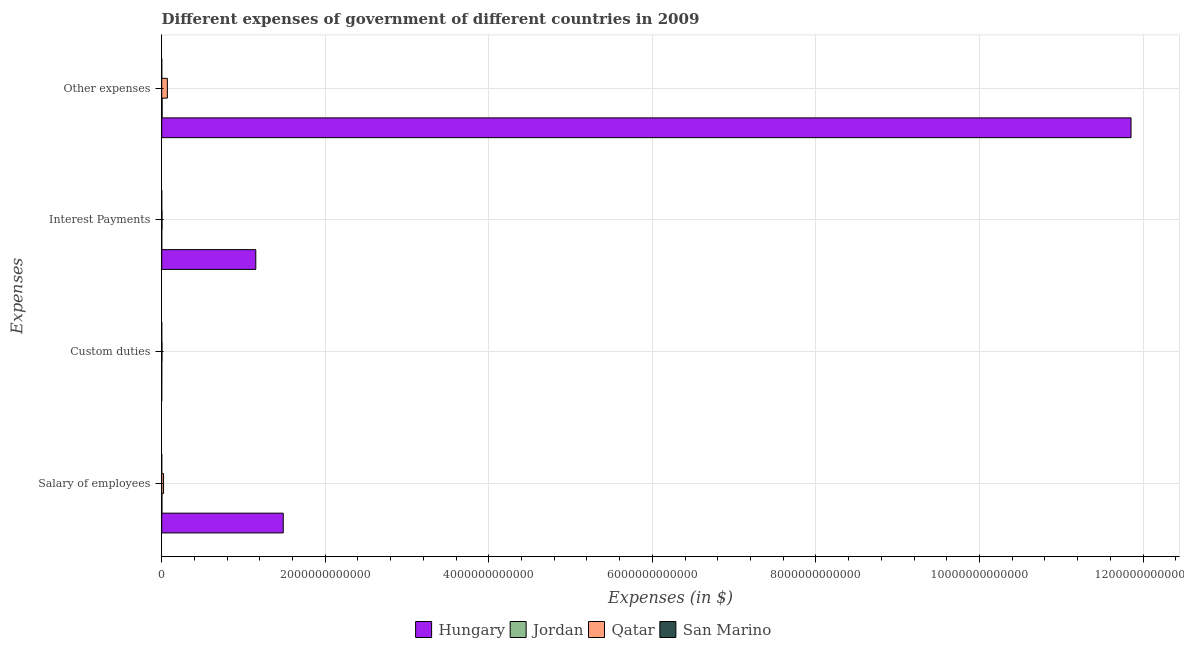
| Expenses | Hungary | Jordan | Qatar | San Marino |
 | --- | --- | --- | --- | --- |
 | Salary of employees | 1.49e+12 | 2.53e+09 | 2.24e+10 | 1.77e+08 |
 | Custom duties | -5.6e+07 | 2.7e+08 | 3.11e+09 | 3.91e+06 |
 | Interest Payments | 1.15e+12 | 3.92e+08 | 3.6e+09 | 6.45e+06 |
 | Other expenses | 1.19e+13 | 5.09e+09 | 6.9e+10 | 5.34e+08 |